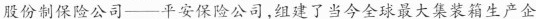
股份制保险公司——平安保险公司，组建了当今全球最大集装箱生产企